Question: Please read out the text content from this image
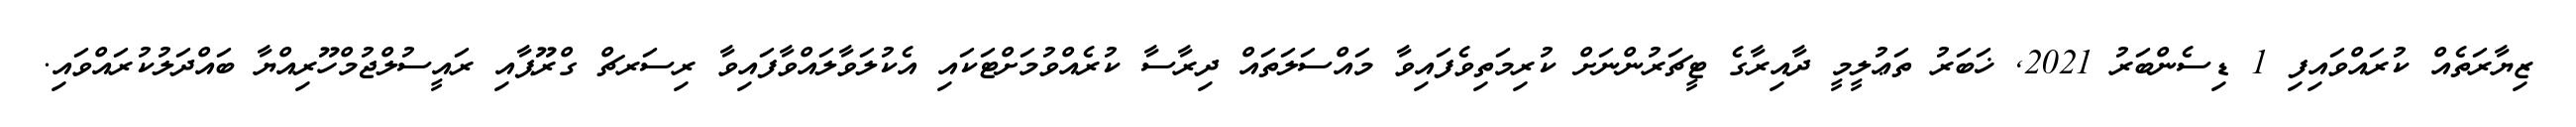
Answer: ޒިޔާރަތެއް ކުރައްވައިފި 1 ޑިސެންބަރު 2021, ޚަބަރު ތަޢުލީމީ ދާއިރާގެ ޓީޗަރުންނަށް ކުރިމަތިވެފައިވާ މައްސަލަތައް ދިރާސާ ކުރެއްވުމަށްޓަކައި އެކުލަވާލައްވާފައިވާ ރިސަރޗް ގްރޫޕާއި ރައީސުލްޖުމްހޫރިއްޔާ ބައްދަލުކުރައްވައި.